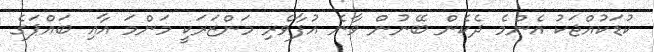
ކުޑަކުއްޖަކު އެންމެ ދެކެން ބޭނުން ވާނެ އުފާވެރި މަންޒަރަކީ މަންމަ އާއި ބައްޕަގެ